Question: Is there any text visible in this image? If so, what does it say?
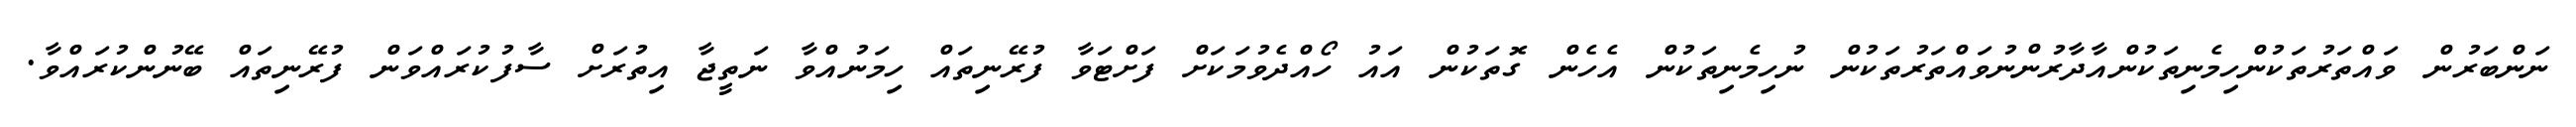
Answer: ނަންބަރުން ވައްތަރުތަކުންހިމެނިތަކުންއާދާރުންނުވައްތަރުތަކުން ނުހިމެނިތަކުން އެހެން ގޮތަކުން އައު ހޯއްދެވުމަކަށް ފަށްޓަވާ ފުރޭނިތައް ހިމަނުއްވާ ނަތީޖާ އިތުރަށް ސާފުކުރައްވަން ފުރޭނިތައް ބޭނުންކުރައްވާ.